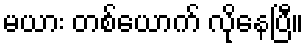
မယား တစ်ယောက် လိုနေပြီ။